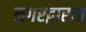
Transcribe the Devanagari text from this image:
नगरद्वारात